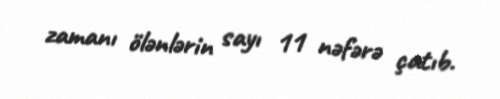
zamanı ölənlərin sayı 11 nəfərə çatıb.